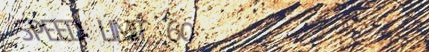
SPEED LIMIT 60